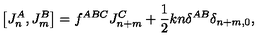
\left[ J _ { n } ^ { A } , J _ { m } ^ { B } \right] = f ^ { A B C } J _ { n + m } ^ { C } + \frac { 1 } { 2 } k n \delta ^ { A B } \delta _ { n + m , 0 } ,